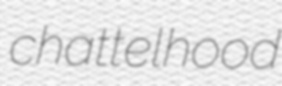
chattelhood